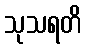
သုသရတိ